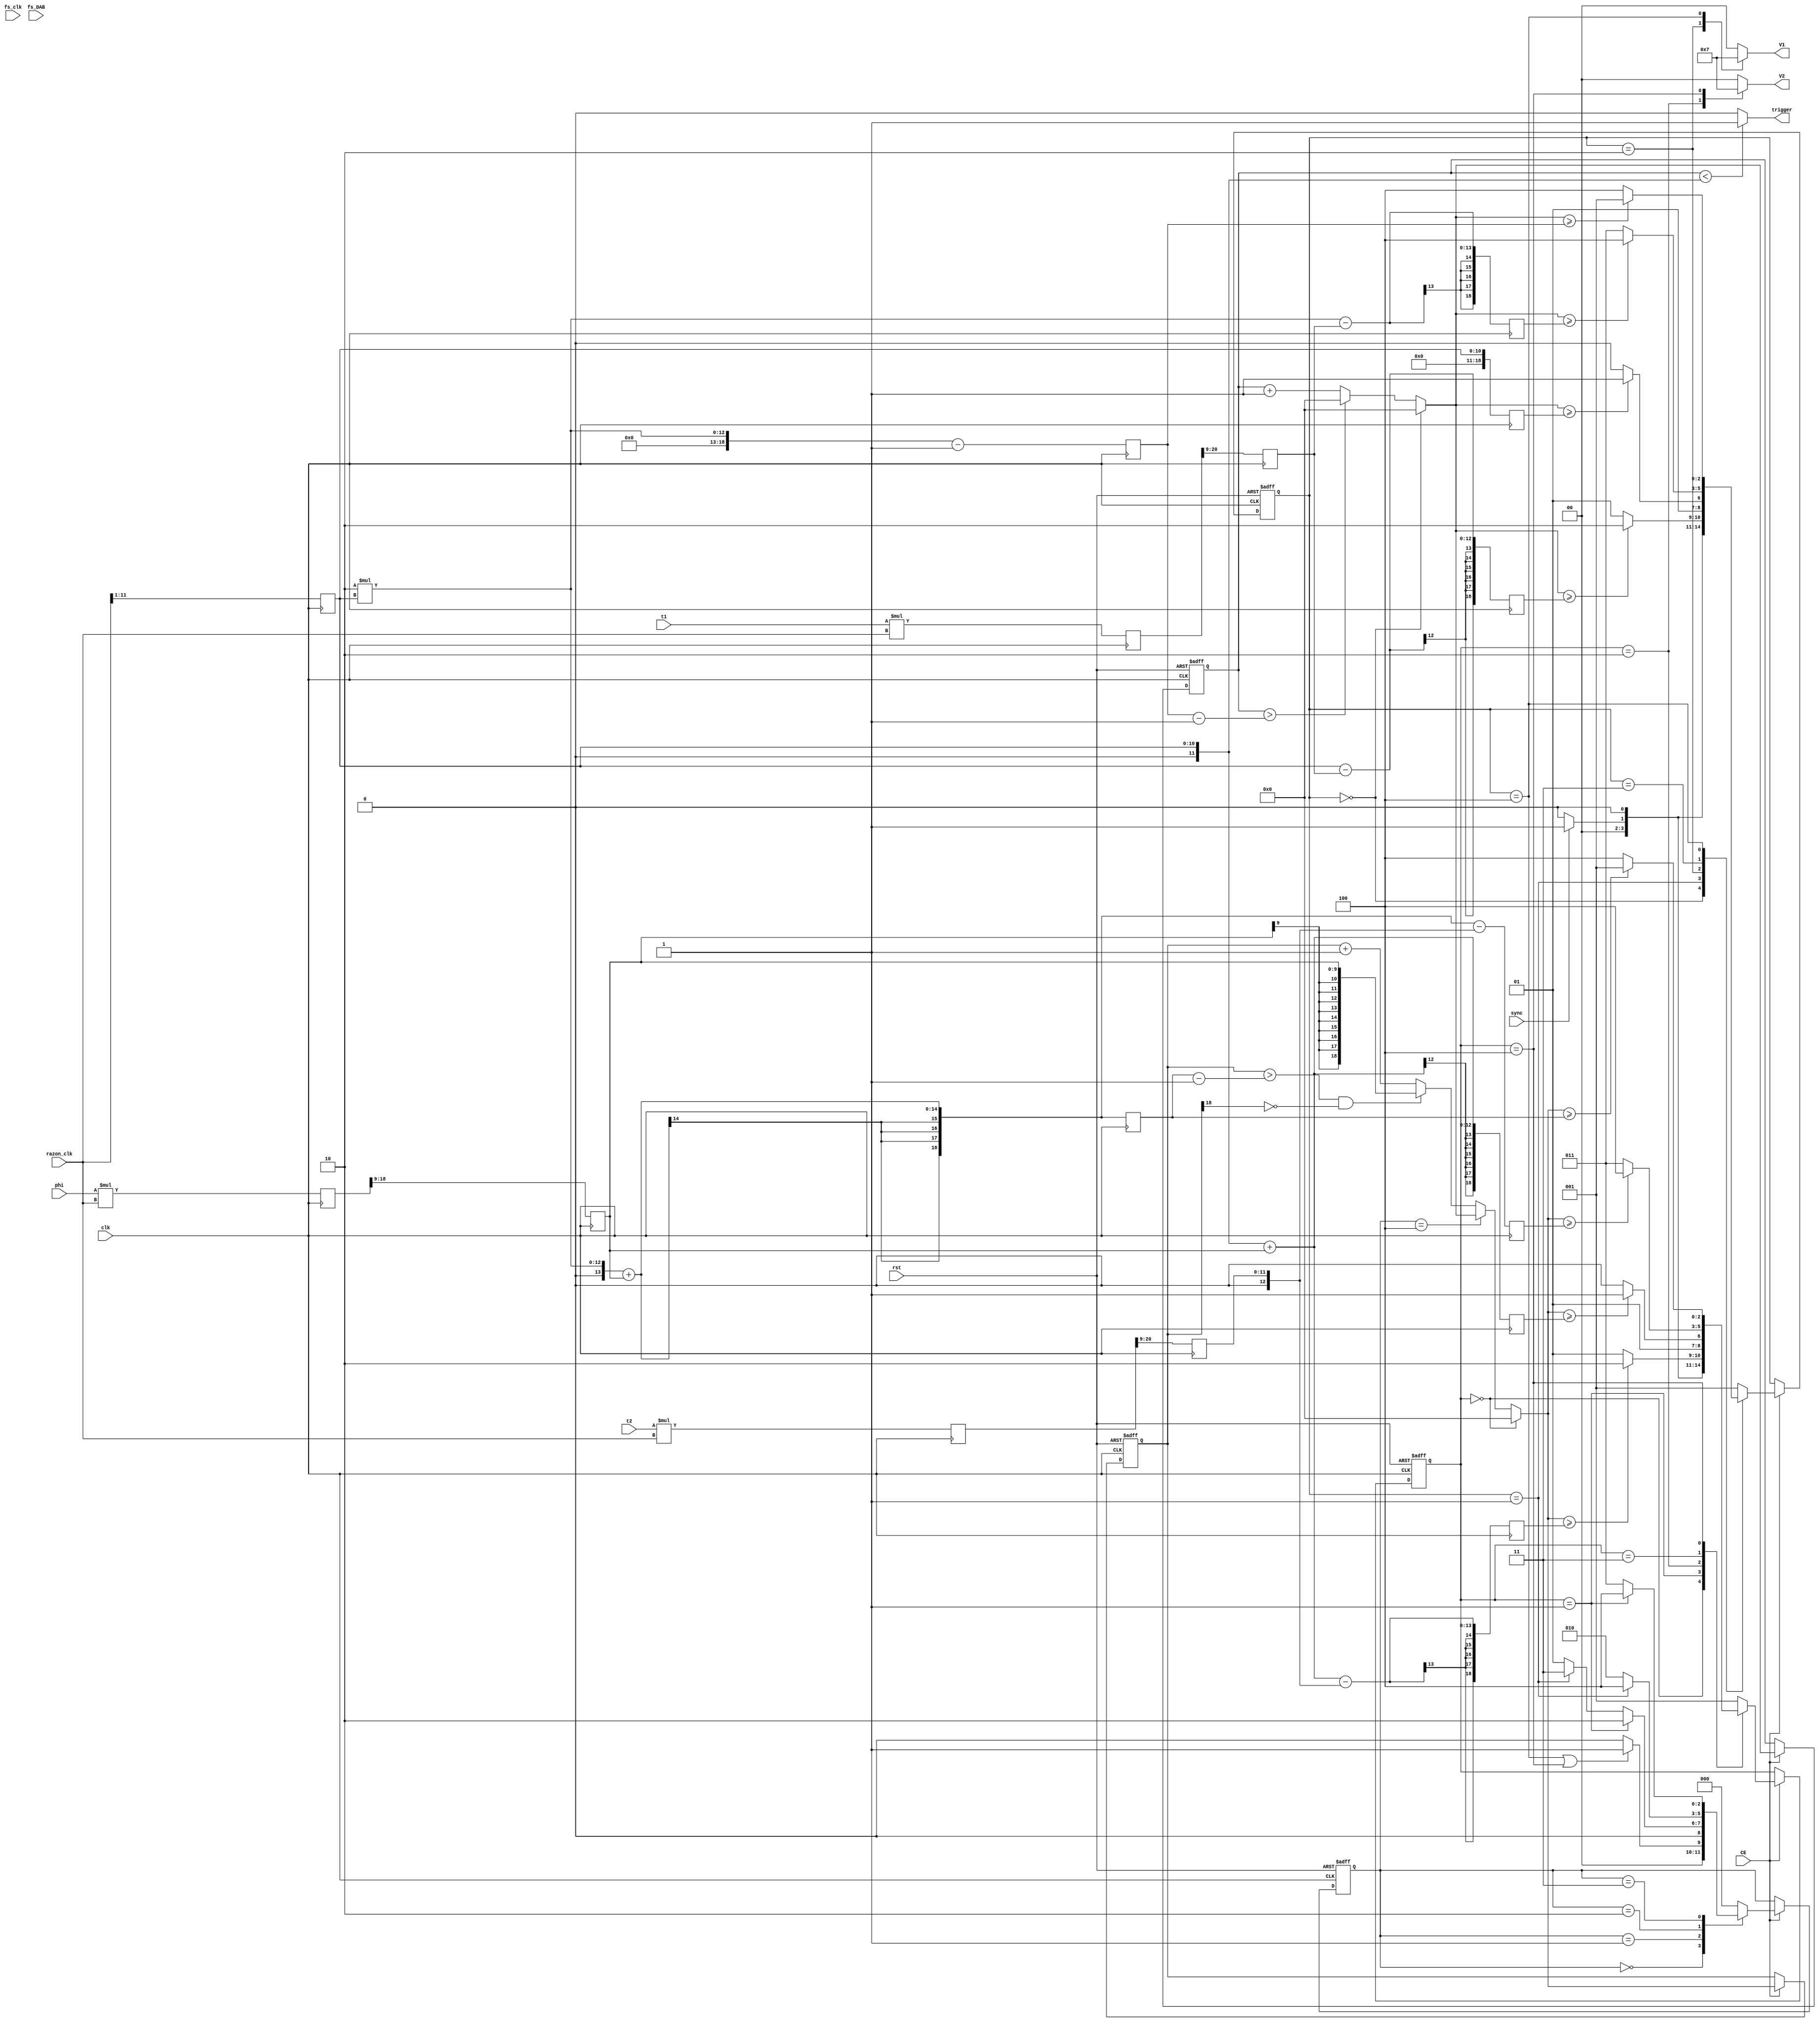
module voltajes(clk, CE, rst, fs_clk, razon_clk, t1, t2, phi, fs_DAB, sync, V1, V2, trigger); //<3
    input clk; // implementar rst de emergencia
    input CE;
    input rst;
    input signed [27:0] fs_clk; 
    input signed [11:0] razon_clk; 
    input signed [8:0] t1, t2; //se entregan valores entre 0 y 255 (el signo es para operar con phi)
    input signed [8:0] phi; //se entrega entre -255 y 255
    input signed [18:0] fs_DAB;// esta en Hz y va de 0 a 150000
    input sync; //signal de disparo 
    //output [3:0] Sp; //Conmutaciones del primario
    //output [3:0] Ss; //Conmutaciones del secundario
    
    //parameter deadtime=8'd0; //ver que escala usar    

    localparam INIT = 3'd0;
    localparam estado1 = 3'd1;
    localparam estado2 = 3'd2;
    localparam estado3 = 3'd3;
    localparam estado4 = 3'd4;

    output reg signed [1:0] V1, V2;  // dejar como variables internas despues 
    output reg trigger; //para sincronizar al medir

    reg [2:0] state1, state2, state1_next, state2_next;
    reg [2:0] state3, state3_next;
    reg signed [18:0] contador1, contador2, contador1_next, contador2_next; //revisar numero de bits
    reg signed [18:0] tau1_cuentas, pi_cuentas, tau2_cuentas, phi_cuentas;
    reg signed [18:0] link1_1, link1_2, link1_3, link1_4, link2_1, link2_2, link2_3, link2_4; 

    initial
        begin
            state1=INIT;
            state2=INIT;
            state3=INIT;//Nueva maquina diseñada para sincronizar las otras 2
            state1_next=INIT;
            state2_next=INIT;
            state3_next=INIT;
            pi_cuentas = 19'd500;
            tau1_cuentas = 19'd499;
            phi_cuentas = -19'd17;
            tau2_cuentas = 19'd288;
            pi_cuentas_next = 19'd500;
            tau1_cuentas_next = 19'd499;
            phi_cuentas_next = -19'd17;
            tau2_cuentas_next = 19'd288;
            tau1_cuentas_aux = 21'd499000;
            phi_cuentas_aux = -21'd17000;
            tau2_cuentas_aux = 21'd288000;
        end


    // se procede a adaptar los inputs a numero de cuentas de reloj

    wire div_tau1_valid;
    wire div_tau2_valid;
    wire div_phi_valid;
    wire div_pi_valid;
    wire [55:0] div_data_tau1;
    wire [55:0] div_data_tau2;
    wire [55:0] div_data_phi;
    wire [55:0] div_data_pi;

    wire signed [27:0] div_quo_tau1;  // Nota, verificar el tratamiento de datos con signo      
    wire signed [27:0] div_quo_tau2;  // Nota, verificar el tratamiento de datos con signo      
    wire signed [27:0] div_quo_phi;   // Nota, verificar el tratamiento de datos con signo  
    wire signed [26:0] div_quo_pi;   // Nota, verificar el tratamiento de datos con signo  

    assign div_quo_tau1 = div_data_tau1[51:24]; // [51:24]
    assign div_quo_tau2 = div_data_tau2[51:24];
    assign div_quo_phi = div_data_phi[51:24];
    assign div_quo_pi  = div_data_pi [50:24];

    reg signed [18:0] phi_cuentas_aux;
    reg signed [20:0] phi_cuentas_aux_next;
    reg signed [18:0] tau1_cuentas_next;
    reg signed [20:0] tau1_cuentas_aux;
    reg signed [20:0] tau1_cuentas_aux_next;
    reg signed [18:0] pi_cuentas_next;
    reg signed [18:0] tau2_cuentas_next;
    reg signed [20:0] tau2_cuentas_aux;
    reg signed [20:0] tau2_cuentas_aux_next;
    reg signed [18:0] phi_cuentas_next;

    /////////////////////////////

    wire [27:0] quotient;
    wire [27:0] fs_clk_medios;


    assign  quotient = (fs_clk>>9);
    assign fs_clk_medios = {fs_clk >> 1} ;

    ////////////////////////////
    always@(*) //concatenacion de jaime para poder dividir (complemento a2)
    begin // 196_078 consutar referencia en verde
        tau1_cuentas_aux_next= (t1*razon_clk);// 
        tau1_cuentas_next = (tau1_cuentas_aux>>9);
        //tau1_cuentas_next=tau1_cuentas_aux/fs_DAB;// OJO quizas la division genera problema de timing
        pi_cuentas_next={7'b0,(razon_clk>>1)};// el numero debe ser 5*10^7
        tau2_cuentas_aux_next= (t2*razon_clk);// OJO quizas la division genera problema de timing
        tau2_cuentas_next = (tau2_cuentas_aux>>9);
        //tau2_cuentas_next=tau2_cuentas_aux/fs_DAB;// OJO quizas la division genera problema de timing
        //phi_cuentas=({{10{phi[8]}},phi}*196078)/fs_DAB;// OJO quizas la division genera problema de timing;
        phi_cuentas_aux_next=phi*razon_clk;// 
        phi_cuentas_next = {{9{phi_cuentas_aux[18]}},phi_cuentas_aux[18:9]};
        //phi_cuentas_next=phi_cuentas_aux/fs_DAB;// OJO quizas la division genera problema de timing;
    end

    always@(posedge clk) //concatenacion de jaime para poder dividir (complemento a2)
    begin // 196_078 consutar referencia en verde
        tau1_cuentas_aux <= tau1_cuentas_aux_next;
        tau1_cuentas <= tau1_cuentas_next;
        pi_cuentas <= pi_cuentas_next;
        tau2_cuentas <= tau2_cuentas_next;
        tau2_cuentas_aux <= tau2_cuentas_aux_next;
        phi_cuentas <= phi_cuentas_next;
        phi_cuentas_aux <= phi_cuentas_aux_next[18:0];
    end

    /*
    div_gen_v4_0_0 DivTau1 (
      .aclken(CE),
      .aclk(clk),                                           // input aclk
      .s_axis_divisor_tvalid(1'b1),                         // input s_axis_divisor_tvalid
      .s_axis_divisor_tready(),                             // output s_axis_divisor_tready
      .s_axis_divisor_tdata({{5{fs_DAB[18]}},fs_DAB}),      // input [23 : 0] s_axis_divisor_tdata
      .s_axis_dividend_tvalid(1'b1),                        // input s_axis_dividend_tvalid
      .s_axis_dividend_tready(),                            // output s_axis_dividend_tready
      .s_axis_dividend_tdata({{4{tau1_cuentas_aux[27]}},tau1_cuentas_aux}),      // input [31 : 0] s_axis_dividend_tdata
      .m_axis_dout_tvalid(div_tau1_valid),                  // output m_axis_dout_tvalid
      .m_axis_dout_tdata(div_data_tau1)                     // output [55 : 0] m_axis_dout_tdata
    );
    
    div_gen_v4_0_0 DivTau2 (
      .aclken(CE),
      .aclk(clk),                                           // input aclk
      .s_axis_divisor_tvalid(1'b1),                         // input s_axis_divisor_tvalid
      .s_axis_divisor_tready(),                             // output s_axis_divisor_tready
      .s_axis_divisor_tdata({{5{fs_DAB[18]}},fs_DAB}),      // input [23 : 0] s_axis_divisor_tdata
      .s_axis_dividend_tvalid(1'b1),                        // input s_axis_dividend_tvalid
      .s_axis_dividend_tready(),                            // output s_axis_dividend_tready
      .s_axis_dividend_tdata({{4{tau2_cuentas_aux[27]}},tau2_cuentas_aux}),              // input [31 : 0] s_axis_dividend_tdata
      .m_axis_dout_tvalid(div_tau2_valid),                  // output m_axis_dout_tvalid
      .m_axis_dout_tdata(div_data_tau2)                     // output [55 : 0] m_axis_dout_tdata
    );
    
    div_gen_v4_0_0 DivPhi (
      .aclken(CE),
      .aclk(clk),                                           // input aclk
      .s_axis_divisor_tvalid(1'b1),                         // input s_axis_divisor_tvalid
      .s_axis_divisor_tready(),                             // output s_axis_divisor_tready
      .s_axis_divisor_tdata({{5{fs_DAB[18]}},fs_DAB}),      // input [23 : 0] s_axis_divisor_tdata
      .s_axis_dividend_tvalid(1'b1),                        // input s_axis_dividend_tvalid
      .s_axis_dividend_tready(),                            // output s_axis_dividend_tready
      .s_axis_dividend_tdata({{4{phi_cuentas_aux[27]}},phi_cuentas_aux}),           // input [31 : 0] s_axis_dividend_tdata
      .m_axis_dout_tvalid(div_phi_valid),                   // output m_axis_dout_tvalid
      .m_axis_dout_tdata(div_data_phi)                      // output [55 : 0] m_axis_dout_tdata
    );
    
    
    div_gen_v4_0_1_pi DivPi (
      .aclken(CE),
      .aclk(clk),                                           // input aclk
      .s_axis_divisor_tvalid(1'b1),                         // input s_axis_divisor_tvalid
      .s_axis_divisor_tready(),                             // output s_axis_divisor_tready
      .s_axis_divisor_tdata({{5{fs_DAB[18]}},fs_DAB}),      // input [23 : 0] s_axis_divisor_tdata
      .s_axis_dividend_tvalid(1'b1),                        // input s_axis_dividend_tvalid
      .s_axis_dividend_tready(),                            // output s_axis_dividend_tready
      .s_axis_dividend_tdata({{4{fs_clk_medios[27]}},fs_clk_medios}), // input [31 : 0] s_axis_dividend_tdata
      .m_axis_dout_tvalid(div_pi_valid),                    // output m_axis_dout_tvalid
      .m_axis_dout_tdata(div_data_pi)                       // output [55 : 0] m_axis_dout_tdata
    );
    
    */

    //se definen los valores de transicion entre estados (numero de cuentas)

    reg signed [18:0] link1_1_next;
    reg signed [18:0] link1_2_next;
    reg signed [18:0] link1_3_next;
    reg signed [18:0] link1_4_next;
    reg signed [18:0] link2_1_next;
    reg signed [18:0] link2_2_next;
    reg signed [18:0] link2_3_next;
    reg signed [18:0] link2_4_next;

    always@(*) 
    begin 
        link1_1_next =  pi_cuentas - tau1_cuentas;
        link1_2_next = pi_cuentas;
        link1_3_next =  2*pi_cuentas - tau1_cuentas;
        link1_4_next =  2*pi_cuentas - 19'd1;
        link2_1_next = pi_cuentas + phi_cuentas - tau2_cuentas;
        link2_2_next = pi_cuentas + phi_cuentas;
        link2_3_next =  2*pi_cuentas + phi_cuentas - tau2_cuentas;
        link2_4_next =  2*pi_cuentas + phi_cuentas;
    end

    always @(posedge clk) begin
        link1_1 <= link1_1_next;
        link1_2 <= link1_2_next;
        link1_3 <= link1_3_next;
        link1_4 <= link1_4_next;
        link2_1 <= link2_1_next;
        link2_2 <= link2_2_next;
        link2_3 <= link2_3_next;
        link2_4 <= link2_4_next;
    end



    always@(*)// maquina de estados para el voltaje V1
        case(state1)
        INIT:       begin 
                        state1_next = (sync)?estado1:INIT;
                        V1=2'd0;
                    end    
        estado1:    begin 
                        state1_next = (contador1>=link1_1)?estado2:estado1;// los valores de los link 
                        V1=2'd0;
                    end
        estado2:    begin 
                        state1_next = (contador1>=link1_2)?estado3:estado2;// estan dados por las transiciones
                        V1=2'd1;
                    end
        estado3:    begin
                        state1_next = (contador1>=link1_3)?estado4:estado3;// entre los estados
                        V1=2'd0;
                    end    
        estado4:    begin
                        state1_next = (contador1>=link1_4)?estado1:estado4;
                        V1=-2'd1;
                    end    
        default:    begin
                        state1_next=estado1; 
                        V1=2'd0;
                    end    
        endcase


    always@(*)// maquina de estados para el voltaje V2
        case(state2)
        INIT:       begin 
                        state2_next = (sync)?estado1:INIT;
                        V2=2'd0;
                    end
        estado1:    begin
                        state2_next = (contador2>=link2_1)?estado2:estado1;// los valores de los link 
                        V2=2'd0;
                    end
        estado2:    begin
                        state2_next = (contador2>=link2_2)?estado3:estado2;// estan dados por las transiciones
                        V2=2'd1;
                    end  
        estado3:    begin
                        state2_next = (contador2>=link2_3)?estado4:estado3;// entre los estados
                        V2=2'd0;
                    end        
        estado4:    begin
                        state2_next = (contador2>=link2_4)?estado1:estado4;
                        V2=-2'd1;
                    end    
        default:    begin
                        state2_next=estado1;
                        V2=2'd0;
                    end
        endcase


    always@(*)// maquina de estados para el voltaje V2
        case(state3)
        INIT:       begin 
                        state3_next = ((state1==estado4) || (state2==estado4))?estado1:INIT;//preguntar como se hace el o
                    end
        estado1:    begin
                        state3_next = (state2==estado1)?estado2:((state1==estado1)?estado3:estado1);
                    end
        estado2:    begin
                        state3_next = (state1==estado1)?estado4:estado2;
                    end  
        estado3:    begin
                        state3_next = (state2==estado1)?estado4:estado3;
                    end        
        estado4:    begin
                        state3_next = INIT;
                    end    
        default:    begin
                        state3_next = INIT;
                    end
        endcase




    always@(*)
    begin
        if(state1==INIT)
            contador1=19'd0;
        else 
        begin   
            contador1=(contador1_next>link1_4-19'd1)? 19'd0 : contador1_next+19'd1;//IMPORTANTE: arrreglar valor en el que se resetea
        end
    end


    always@(*)
    begin
        if(state2==INIT)
            contador2=19'd0;
        else 
        begin
            if(state3==estado4)
            begin
                contador2 = contador1;        
            end 
            else
            begin
                contador2 = ((contador2_next>(link2_4-19'd1) && (contador2_next[18]==1'b0)))? phi_cuentas : contador2_next+19'd1;//IMPORTANTE: arrreglar valor en el que se resetea
            end
        end
    end


    always @(posedge clk or posedge rst)
    begin
        if (rst)
        begin
            contador1_next <= 19'd0;
            contador2_next <= 19'd0; 
        end
        else
        begin
            if (CE)
            begin
                contador1_next <= contador1;
                contador2_next <= contador2;
            end
            else
            begin
                contador1_next <= contador1_next;
                contador2_next <= contador2_next;                        
            end        
        end
    end



    always @(posedge clk or posedge rst)
    begin
        if (rst)
        begin
            state1 <= estado1;
            state2 <= estado1;
            state3 <= INIT; 
        end
        else
        begin
            if (CE)
            begin
                state1 <= state1_next;
                state2 <= state2_next;
                state3 <= state3_next;
            end
            else
            begin
                state1 <= state1;
                state2 <= state2;
                state3 <= state3;                       
            end        
        end
    end


 

    //----------- solo para ver en el ociloscopio 



    always@(*)
    begin
        if(contador1_next<pi_cuentas)
            trigger=1'b1;
        else 
            trigger=1'b0;  
    end






endmodule